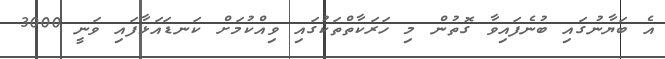
އެ ބަޔާނުގައި ބުނެފައިވާ ގޮތުން މި ހަރަކާތްތަކުގައި ވިއްކުމަށް ކަނޑައަޅާފައި ވަނީ 3000